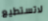
لاتستطيع